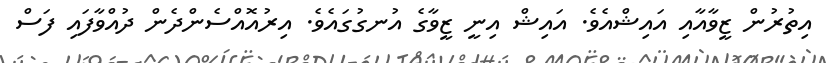
އިތުރުން ޒީވާއާއި އައިޝްއެވެ. އައިޝް އިނީ ޒީވާގެ އުނގުގައެވެ. އިރުއޮއްސެންދެން ދުއްވާފައި ފަސް